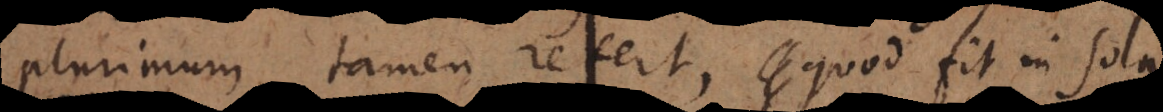
plurimum tamen refert, quod fit in sola